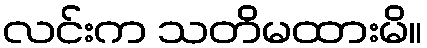
လင်းက သတိမထားမိ။